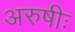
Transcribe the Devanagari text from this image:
अरुषीः